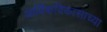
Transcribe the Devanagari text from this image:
आर्थिकविकासाच्या